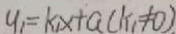
y _ { 1 } = k _ { 1 } x + a ( k _ { 1 } \neq 0 )